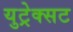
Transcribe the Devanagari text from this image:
युट्रेक्सट